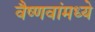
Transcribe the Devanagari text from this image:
वैष्णवांमध्ये